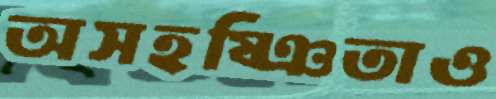
অসহষ্ঞিতাও